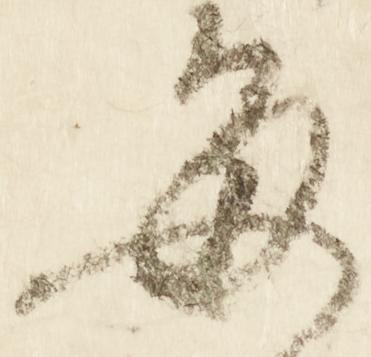
毎